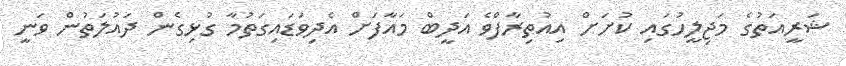
ޝަރީއަތުގެ މަޖިލީހުގައި ކުށަށް އިއުތިރާފްވެ އަދީބް މައާފަށް އެދިވަޑައިގަތުމާ ގުޅިގެން ދައުލަތުން ވަނީ